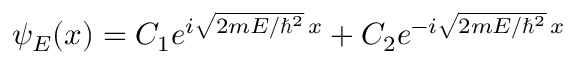
\psi _ { E } ( x ) = C _ { 1 } e ^ { i { \sqrt { 2 m E / \hbar ^ { 2 } } } \, x } + C _ { 2 } e ^ { - i { \sqrt { 2 m E / \hbar ^ { 2 } } } \, x }